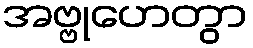
အဗ္ဗုဟေတွာ